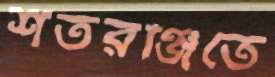
শতরঞ্জিতে